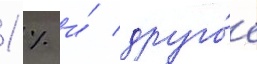
1 % и́ друго́е